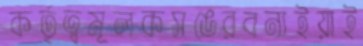
কর্তৃত্বমূলকসঙেরবনাইয়াই